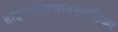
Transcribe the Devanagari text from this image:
हाइपरपैराथायरॉयडिज्म